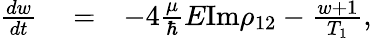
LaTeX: \begin{array}{rlr}{\frac{dw}{dt}}&{{}=}&{-4\frac{\mu}{\hbar}E\textrm{Im}\rho_{12}-\frac{w+1}{T_{1}},}\end{array}